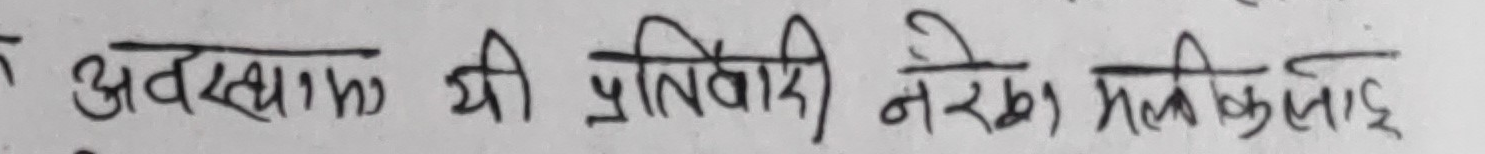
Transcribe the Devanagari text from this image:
अवस्थामा की प्रतिवारी नरका मलिकाई